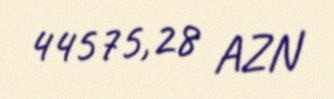
44575,28 AZN